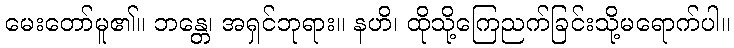
မေးတော်မူ၏။ ဘန္တေ၊ အရှင်ဘုရား။ နဟိ၊ ထိုသို့ကြေညက်ခြင်းသို့မရောက်ပါ။